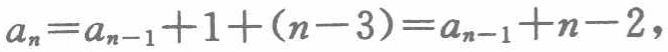
\(a_{n}=a_{n - 1}+1+(n - 3)=a_{n - 1}+n - 2,\)